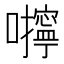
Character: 𰉆